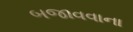
બજાવવાના